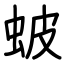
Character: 蚾